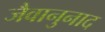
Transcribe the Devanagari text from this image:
जैवानुनाद